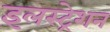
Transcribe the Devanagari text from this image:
इलस्ट्रेशन